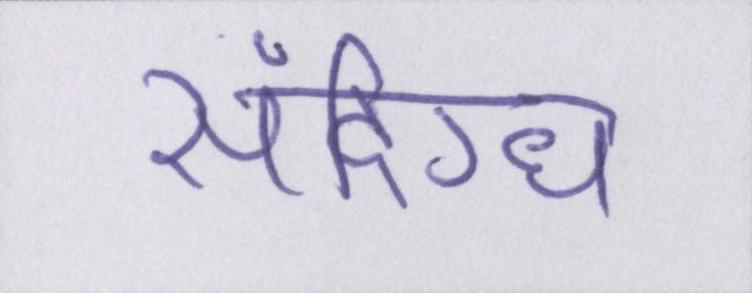
संदिग्ध